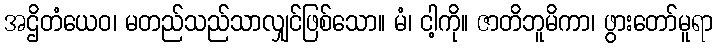
အဌိတံယေဝ၊ မတည်သည်သာလျှင်ဖြစ်သော။ မံ၊ ငါ့ကို။ ဇာတိဘူမိကာ၊ ဖွားတော်မူရာ